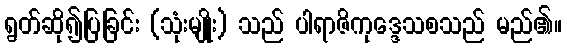
ရွတ်ဆို၍ပြခြင်း (သုံးမျိုး) သည် ပါရာဇိကုဒ္ဒေသစသည် မည်၏။